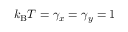
k _ { \mathrm { B } } T = \gamma _ { x } = \gamma _ { y } = 1